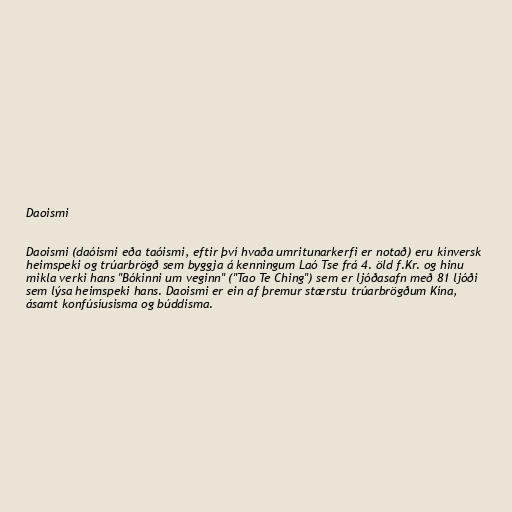
Daoismi

Daoismi (daóismi eða taóismi, eftir því hvaða umritunarkerfi er notað) eru kínversk
heimspeki og trúarbrögð sem byggja á kenningum Laó Tse frá 4. öld f.Kr. og hinu
mikla verki hans "Bókinni um veginn" ("Tao Te Ching") sem er ljóðasafn með 81 ljóði
sem lýsa heimspeki hans. Daoismi er ein af þremur stærstu trúarbrögðum Kína,
ásamt konfúsíusisma og búddisma.